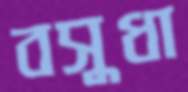
বসুধা